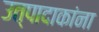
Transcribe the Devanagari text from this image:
उत्पादाकांना